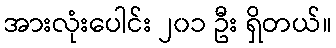
အားလုံးပေါင်း ၂၀၁ ဦး ရှိတယ်။